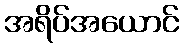
အရိပ်အယောင်